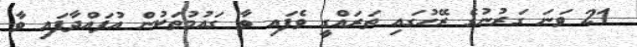
21 ވަނަ ގަރުނުގެ ރޭހުގައި ތަރައްގީ ވެފައި ވާ ގައުމުތަކުން އުފައްދާފައި ވާ